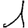
Digit: 1